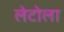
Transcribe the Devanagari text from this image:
लेटोला